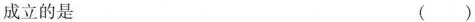
成立的是()